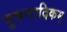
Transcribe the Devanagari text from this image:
भूषणादिकम्